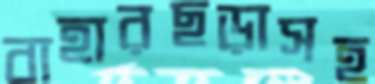
বাহারছড়াসহ